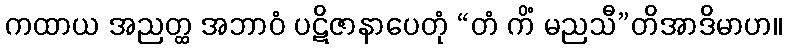
ကထာယ အညတ္ထ အဘာဝံ ပဋိဇာနာပေတုံ “တံ ကိံ မညသီ”တိအာဒိမာဟ။